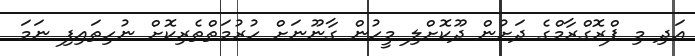
އަދި މި ޕްރޮގްރާމްގެ ދަށުން ދޫކޮށްލި މީހުން ގާނޫނަށް ހުރުމަތްތެރިކޮށް ނުހިތައިފި ނަމަ